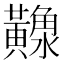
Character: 𪏠